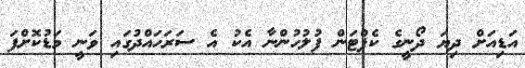
އަޑިއަށް ދިޔަ ދޯނީގެ ކެޕްޓަން ފުލުހުންނާ އެކު އެ ސަރަހައްދުގައި ވަނީ މަޑުކޮށްފަ